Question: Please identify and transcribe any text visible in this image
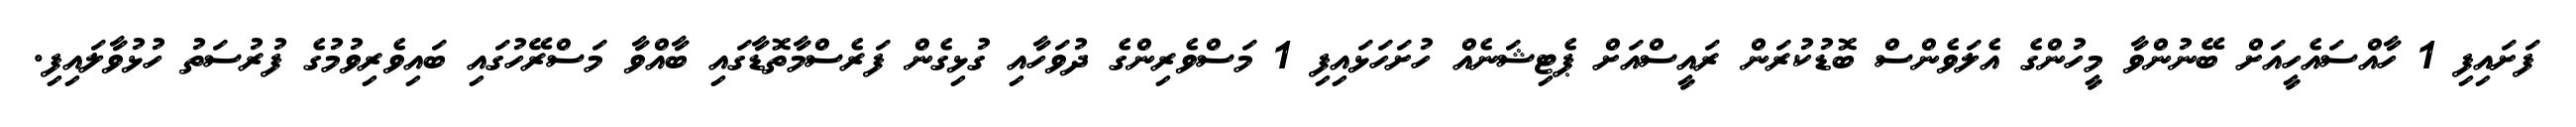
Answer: ފަށައިފި 1 ހާއްސައެހީއަށް ބޭނުންވާ މީހުންގެ އެލަވެންސް ބޮޑުކުރަން ރައީސްއަށް ޕެޓިޝަނެއް ހުށަހަޅައިފި 1 މަސްވެރިންގެ ދުވަހާއި ގުޅިގެން ފަރެސްމާތޮޑާގައި ބާއްވާ މަސްރޭހުގައި ބައިވެރިވުމުގެ ފުރުސަތު ހުޅުވާލައިފި.